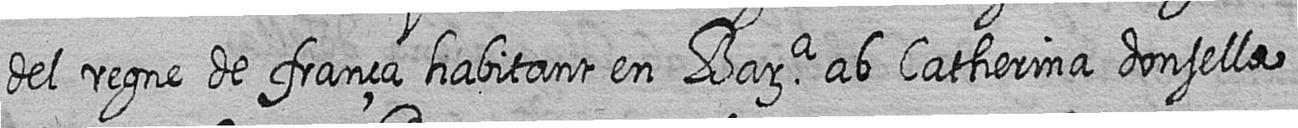
del regne de frança habitant en Bara ab Catherina donsella